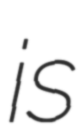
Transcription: is